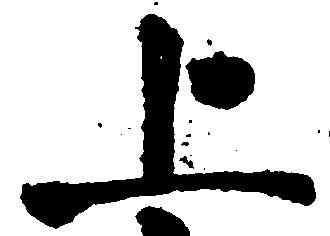
上